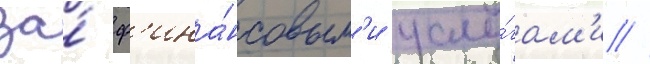
за́ ф'ина́нсовым'и услу́гам'и //